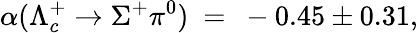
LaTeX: \alpha(\Lambda_{c}^{+}\rightarrow\Sigma^{+}\pi^{0})~=~-0.45\pm 0.31,